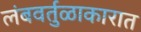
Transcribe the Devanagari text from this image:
लंबवर्तुळाकारात